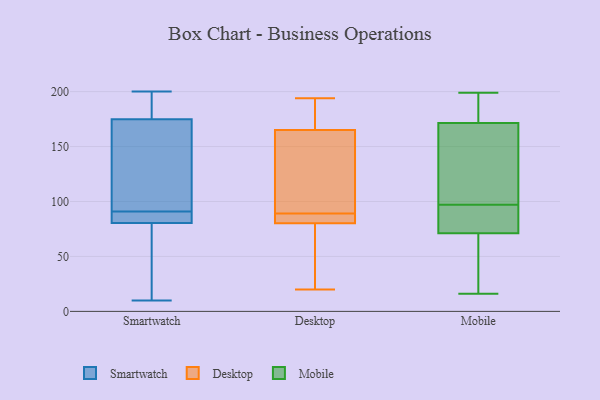
{"axis": {"x": "Operating Costs (USD K)", "y": "Value"}, "legend": ["Desktop", "Mobile", "Smartwatch"], "data": [{"x": "", "y": 175, "type": "Smartwatch"}, {"x": "", "y": 24, "type": "Smartwatch"}, {"x": "", "y": 10, "type": "Smartwatch"}, {"x": "", "y": 200, "type": "Smartwatch"}, {"x": "", "y": 91, "type": "Smartwatch"}, {"x": "", "y": 78, "type": "Smartwatch"}, {"x": "", "y": 180, "type": "Smartwatch"}, {"x": "", "y": 88, "type": "Smartwatch"}, {"x": "", "y": 89, "type": "Smartwatch"}, {"x": "", "y": 174, "type": "Smartwatch"}, {"x": "", "y": 159, "type": "Smartwatch"}, {"x": "", "y": 81, "type": "Desktop"}, {"x": "", "y": 194, "type": "Desktop"}, {"x": "", "y": 171, "type": "Desktop"}, {"x": "", "y": 80, "type": "Desktop"}, {"x": "", "y": 147, "type": "Desktop"}, {"x": "", "y": 103, "type": "Desktop"}, {"x": "", "y": 89, "type": "Desktop"}, {"x": "", "y": 57, "type": "Desktop"}, {"x": "", "y": 86, "type": "Desktop"}, {"x": "", "y": 176, "type": "Desktop"}, {"x": "", "y": 20, "type": "Desktop"}, {"x": "", "y": 114, "type": "Mobile"}, {"x": "", "y": 53, "type": "Mobile"}, {"x": "", "y": 71, "type": "Mobile"}, {"x": "", "y": 16, "type": "Mobile"}, {"x": "", "y": 92, "type": "Mobile"}, {"x": "", "y": 190, "type": "Mobile"}, {"x": "", "y": 71, "type": "Mobile"}, {"x": "", "y": 62, "type": "Mobile"}, {"x": "", "y": 87, "type": "Mobile"}, {"x": "", "y": 95, "type": "Mobile"}, {"x": "", "y": 195, "type": "Mobile"}, {"x": "", "y": 179, "type": "Mobile"}, {"x": "", "y": 164, "type": "Mobile"}, {"x": "", "y": 99, "type": "Mobile"}, {"x": "", "y": 79, "type": "Mobile"}, {"x": "", "y": 192, "type": "Mobile"}, {"x": "", "y": 33, "type": "Mobile"}, {"x": "", "y": 162, "type": "Mobile"}, {"x": "", "y": 164, "type": "Mobile"}, {"x": "", "y": 199, "type": "Mobile"}]}